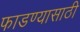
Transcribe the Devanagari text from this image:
फाडण्यासाठी